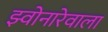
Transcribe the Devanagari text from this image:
झ्वोनारेवाला